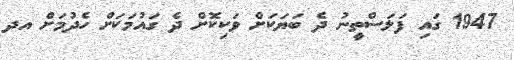
1947 ގައި ފަލަސްތީނު ދެ ބަޔަކަށް ވަކިކޮށް ދެ ގައުމަކަށް ހެދުމަށް އދ